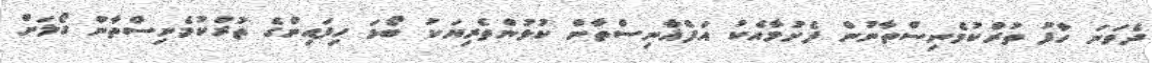
ދެވަނަ ހާފު ތުރްކުމެނިސްތާނުން ފެށުމާއެކު އަފްޣާނިސްތާން ކުޅުންތެރިޔަކު ބޯޅަ ހިފައިންގެ ތުރްކުމެނިސްތާން ގޯލަށް